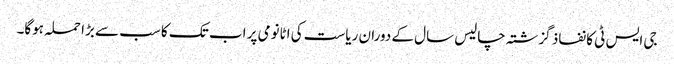
جی ایس ٹی کا نفاذ گزشتہ چالیس سال کے دوران ریاست کی اٹانومی پر اب تک کا سب سے بڑا حملہ ہوگا۔